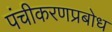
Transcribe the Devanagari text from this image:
पंचीकरणप्रबोध